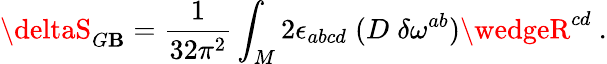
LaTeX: \deltaS_{G\mathbf{B}}={\frac{{1}}{{32\pi^{2}}}}\int_{M}2\epsilon_{abcd}\; (D\; \delta\omega^{ab})\wedgeR^{cd}\ .